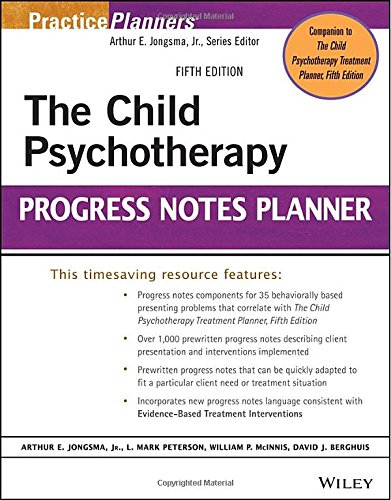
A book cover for The Child Psychotherapy Progress Notes Planner (PracticePlanners); Arthur E. Jongsma Jr.; Medical Books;